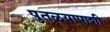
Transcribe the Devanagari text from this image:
पुतळयापाशी